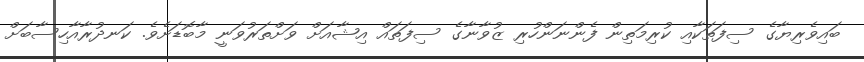
ބައިވެރިޔާގެ ސިފަތަކާއި ކުރިމަތިން ފެންނަންހުރި ޒުވާނާގެ ސިފަތައް އިޝާއަށް ވަށްތަރުވަނީ މާބޮޑަށެވެ. ކަނދުރާއާހިސާބަށް